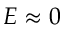
E \approx 0